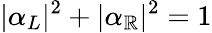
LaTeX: |\alpha_{L}|^{2}+|\alpha_{\mathbb{R}}|^{2}=1